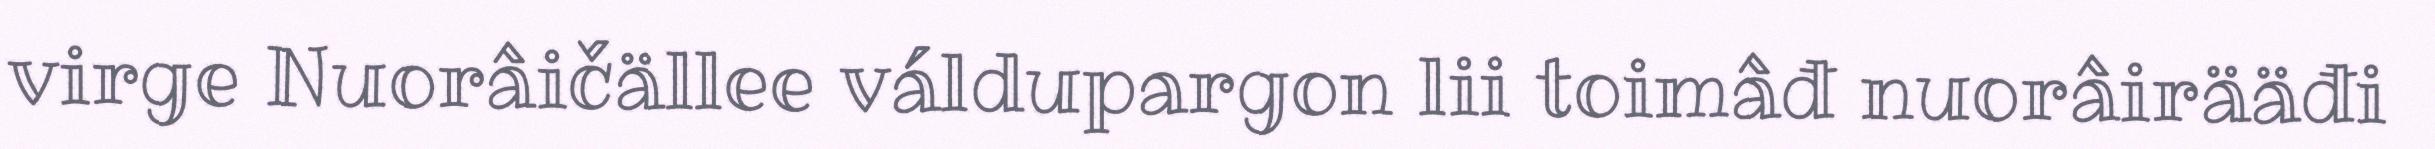
virge Nuorâičällee váldupargon lii toimâđ nuorâirääđi